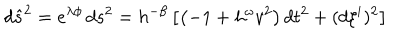
LaTeX: d \hat { s } ^ { 2 } = e ^ { \lambda \phi } \, d s ^ { 2 } = h ^ { - \beta } \left[ \left( - 1 + h ^ { \omega } v ^ { 2 } \right) d t ^ { 2 } + ( d \xi ^ { i } ) ^ { 2 } \right]